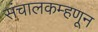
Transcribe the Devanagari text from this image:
संचालकम्हणून